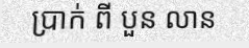
ប្រាក់ ពី បួន លាន